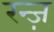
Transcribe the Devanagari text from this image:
रन्ज़्